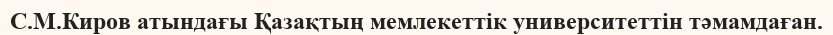
С.М.Киров атындағы Қазақтың мемлекеттік университеттін тәмамдаған.